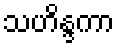
သဟိန္ဒကာ